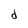
Character: d